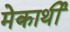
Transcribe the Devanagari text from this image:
मेकार्थी